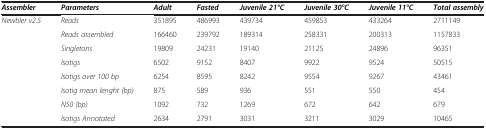
| Assembler | Parameters | Adult | Fasted | Juvenile 21°C | Juvenile 30°C | Juvenile 11°C | Total assembly |
 | --- | --- | --- | --- | --- | --- | --- | --- |
 | Newbler v2.5 | Reads | 351895 | 486993 | 439734 | 459853 | 433264 | 2711149 |
 |  | Reads assembled | 166460 | 239792 | 189314 | 258331 | 200313 | 1157833 |
 |  | Singletons | 19809 | 24231 | 19140 | 21125 | 24896 | 96351 |
 |  | Isotigs | 6502 | 9152 | 8407 | 9922 | 9524 | 50515 |
 |  | Isotigs over 100 bp | 6254 | 8595 | 8242 | 9554 | 9267 | 43461 |
 |  | Isotig mean lenght (bp) | 875 | 589 | 936 | 551 | 550 | 454 |
 |  | N50 (bp) | 1092 | 732 | 1269 | 672 | 642 | 679 |
 |  | Isotigs Annotated | 2634 | 2791 | 3031 | 3211 | 3029 | 10465 |